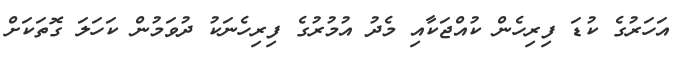
އަހަރުގެ ކުޑަ ފިރިހެން ކުއްޖަކާއި މެދު އުމުރުގެ ފިރިހެނަކު ދުވަމުން ކަހަލަ ގޮތަކަށް